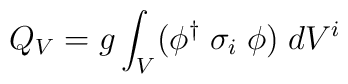
Q_V = g \int_V (\phi^{\dagger}\;\sigma_i\;\phi)\;dV^i